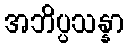
အဘိပ္ပသန္နာ